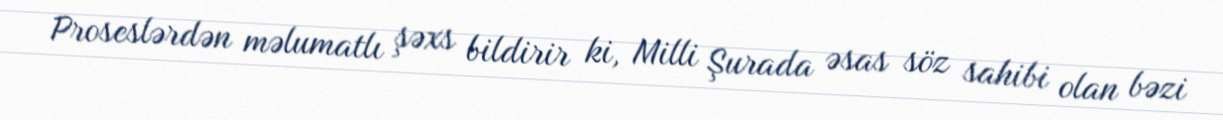
Proseslərdən məlumatlı şəxs bildirir ki, Milli Şurada əsas söz sahibi olan bəzi